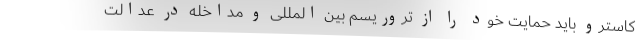
کاسترو باید حمایت خود را از تروریسم بین المللی و مداخله در عدالت